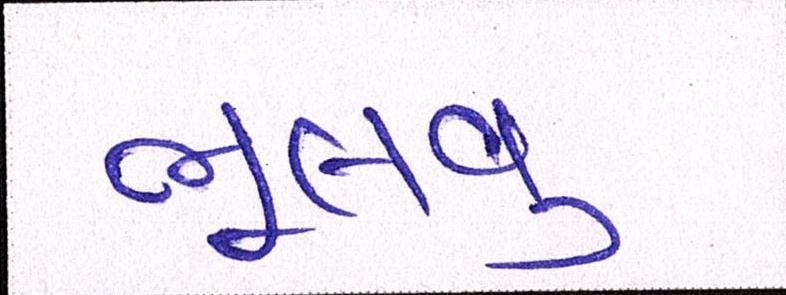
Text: ભૂલવુ